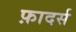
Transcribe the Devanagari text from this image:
फ़ादर्स